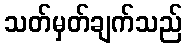
သတ်မှတ်ချက်သည်